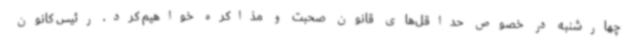
چهارشنبه در خصوص حداقل‌های قانون صحبت و مذاکره خواهیم کرد. رئیس کانون